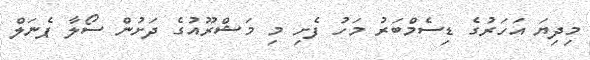
މިދިޔަ އަހަރުގެ ޑިސެމްބަރު މަހު ފެށި މި މަޝްރޫއުގެ ދަށުން ސޯލާ ޕެނަލް